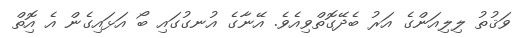
ވަޤުތު ލިލިއަންގެ އަރު ބެދޭގޮތްވިއެވެ. އޭނާގެ އުނގުގައި ބޯ އަޅައިގެން އެ އިޮތް